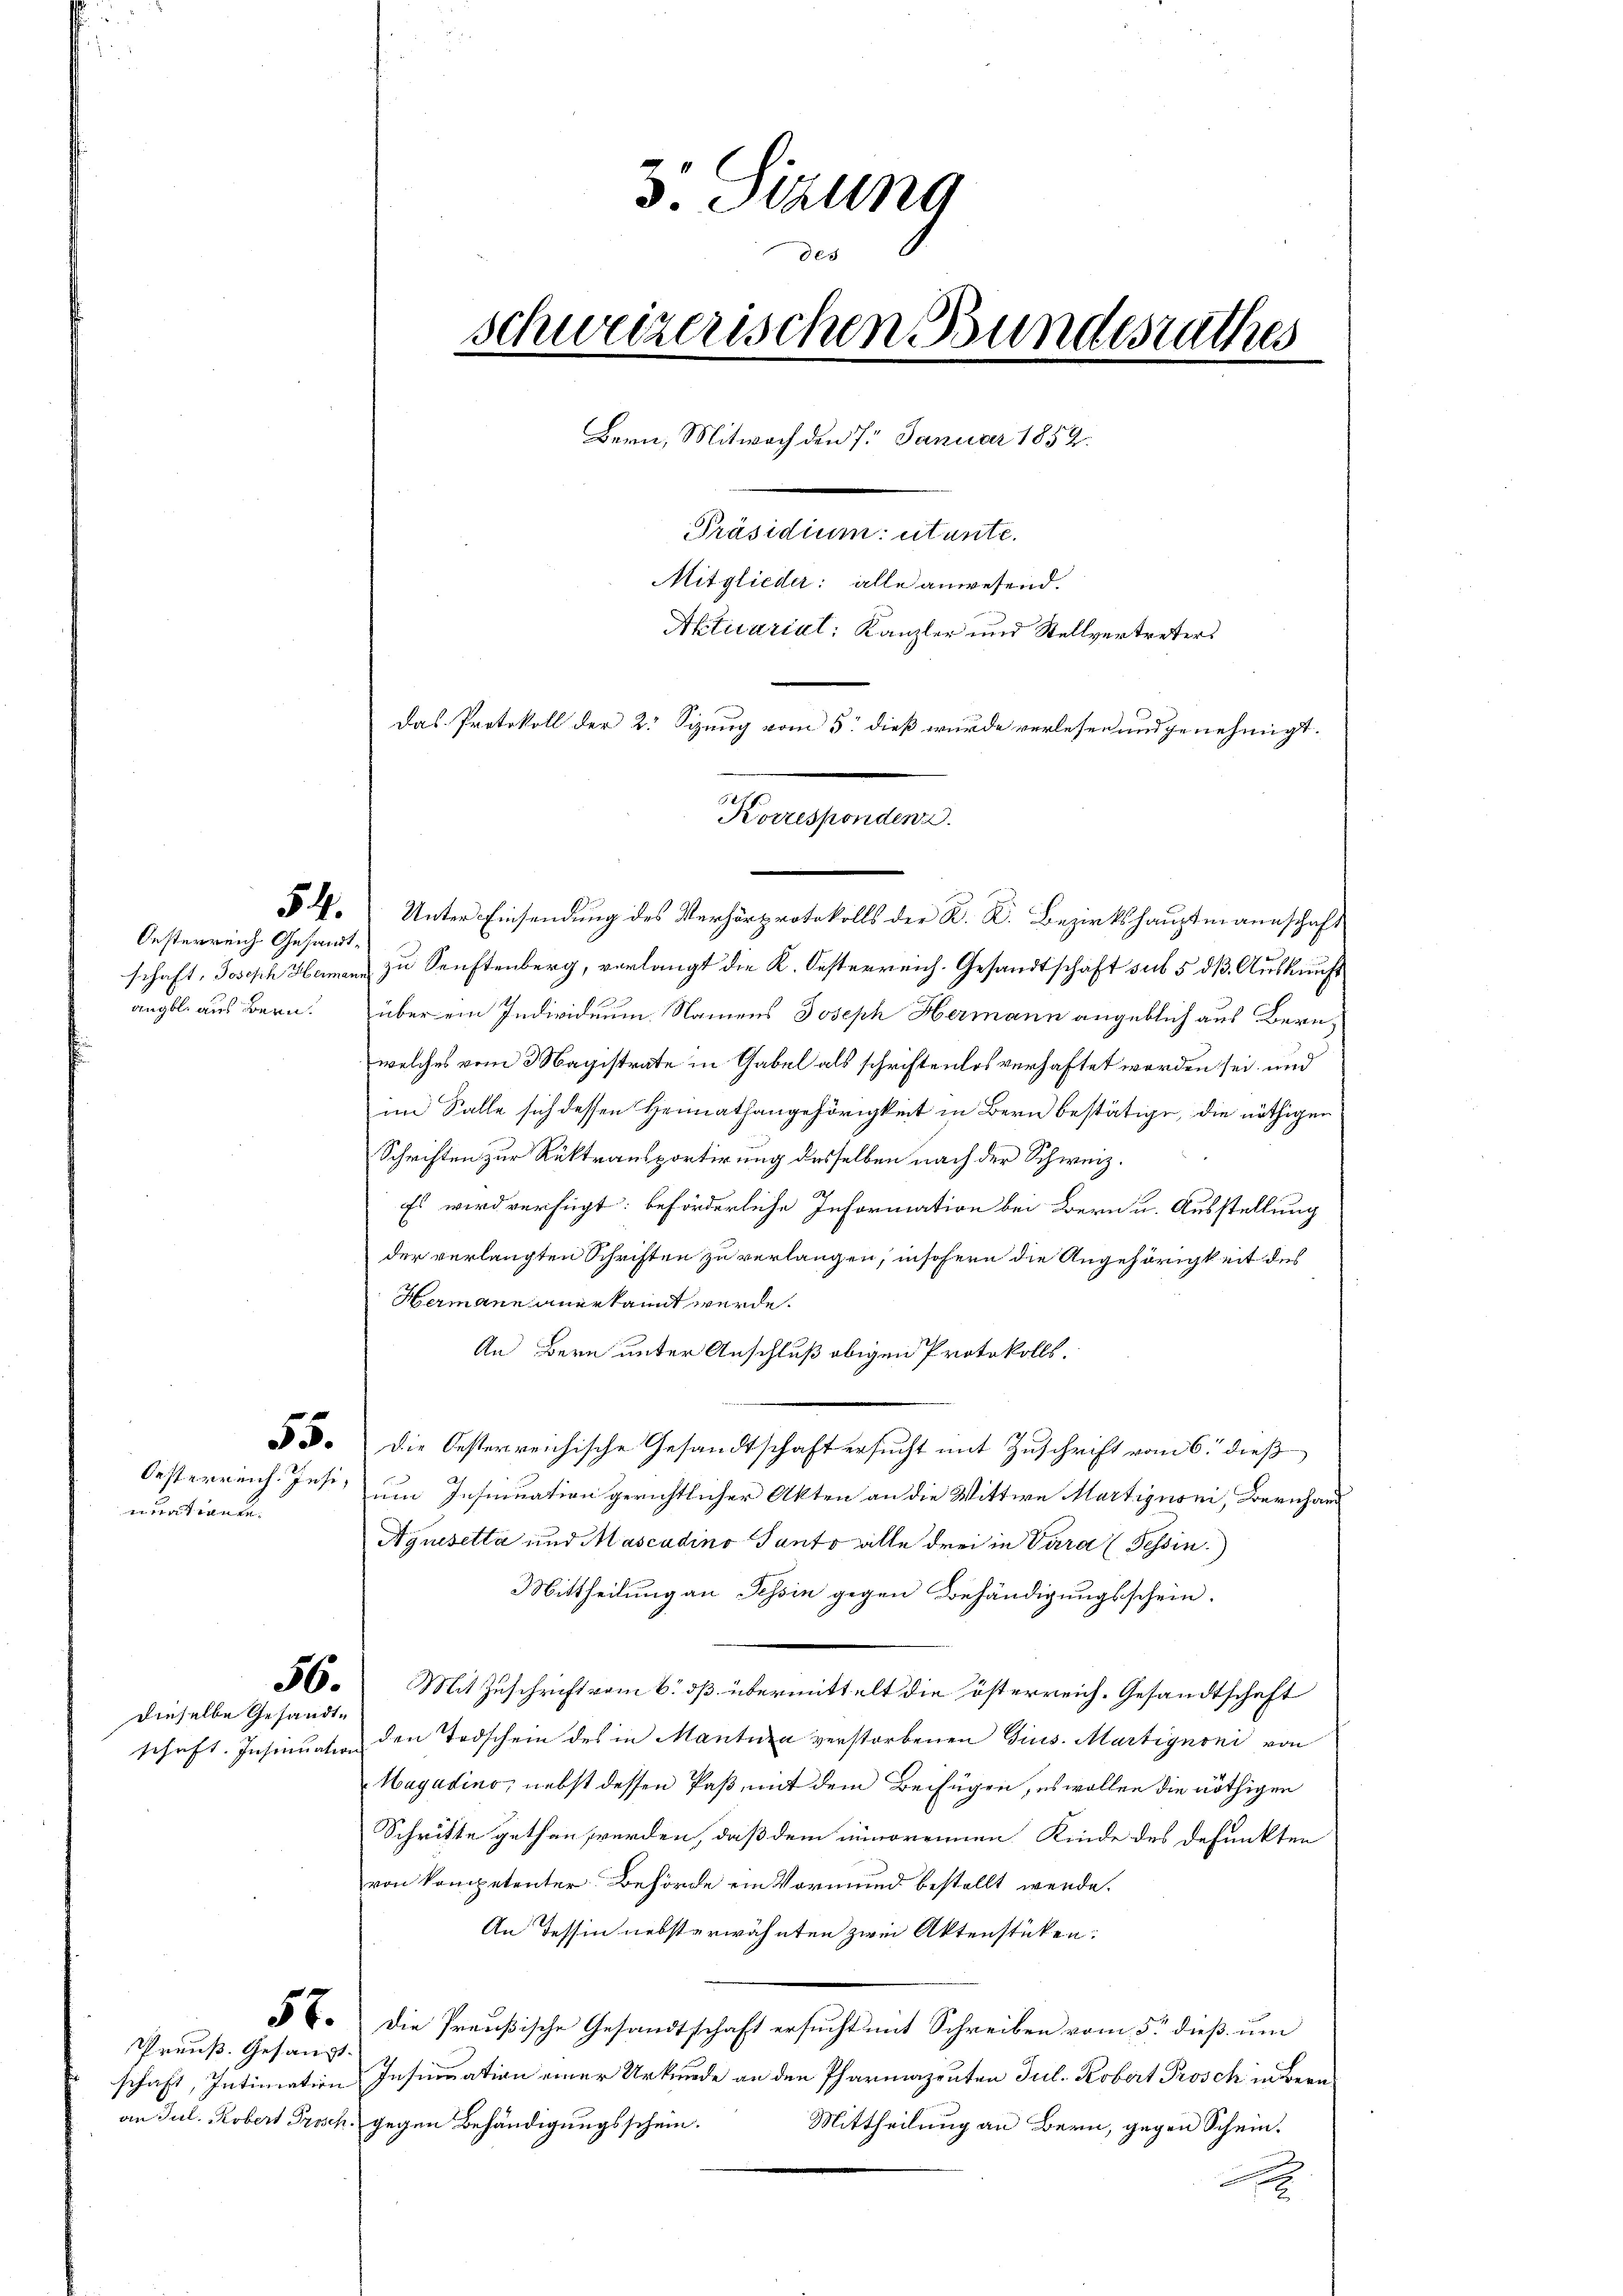
Oesterreich Gesandt¬

N. Unter Einsendung des Verhörprotokolls der K. K. Bezirkshauptmannschaft
schaft, Joseph Hermann zu Sanftenberg, verlangt die K. Oesterreich. Gesandtschaft sub 5 dß. Auskunft
angbl. aus Bern. über ein Individuum Namens Joseph Hermann angeblich aus Beruwelches vom 3 Magistrate in Gabel als schriftenlos verhaftet worden sei, und
im Salle sich dessen Heimathangehörigkeit in Bern bestätige, die nöthigen
Schriften zur Rüktransportirung desselben nach der Schweiz.
Es wird verfügt: beförderliche Information bei Bern u. Ausstellung
der verlangten Schriften zu verlangen, insofern die Angehörigkeit des
Hermann anerkannt wurde.
An Bern unter Anschluß obigen Protokolls.
53. Die Oesterreichische Gesandtschaft ersŭcht mit Zŭschrift vom 6. dieβ
Oesterreich. Insi, um Insinuation gerichtlicher Akten an die Wittwe Martignoni, Bernhard
nuatiante.
Aquisetta und Mascadino Panto alle drei in Vara (Tessin.)
Mittheilung an Tessin gegen Behändigungsschein.
56. Mit Zuschrift vom 6. dß übermittelt die österreich-Gesandtschaft
dieselbe Gesandtschaft. Insinuation den Todschein des in Mantura verstorbenen Gius. Martignoni von
Hagadino, nebst dessen Paß, mit dem Beifügen, es wollen die nöthigen
Schritte gethan werden, daß dem minorennen Kinde des defunkten
von kompetenter Behörde ein Vormund bestellt werde.
An Tessin nebsterwähnten zwei Aktenstücken:
56. Die Preußische Gesandtschaft ersucht mit Schreiben vom 5. dieß um
Preuß. Gesangt. |
schaft, Intimation Insinuation einer Urkunde an den Pharmazenten Jul. Robert Prosch in Bern
an Jul. Robert Prosch gegen Behändigungsschein.
Mittheilung an Bern, gegen Schein.
x

8
5. Sitzung
des
schweizerischen Bundesrathes
Bern, Mitwoch den 7. Januar 1852.
Präsidium utante.
Mitglieder: alle anwesend.
Aktuarial Kanzler und Stellvertreters
Das Protokoll der 2: Sizung vom 5. dieß wurde verlesen und genehmigt.

Korresponden.